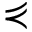
\curlyeqprec